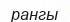
рангы